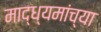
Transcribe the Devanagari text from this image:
माद्ध्यमांच्या